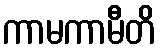
ကာမကာမီတိ